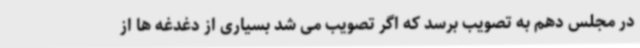
در مجلس دهم به تصویب برسد که اگر تصویب می شد بسیاری از دغدغه ها از